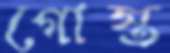
গোস্ত